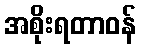
အစိုးရတာဝန်